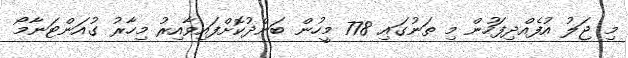
މި ޖަލު އުފެއްދިފަހުން މި ތަނުގައި 778 މީހުން ބަންދުކޮށްފައިވާއިރު މިހާރު ގުއަންޓަނާމޯ